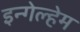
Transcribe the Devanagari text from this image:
इन्गेल्हेम